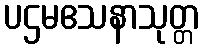
ပဌမဧသနာသုတ္တ